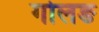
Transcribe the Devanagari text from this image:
गोलङ